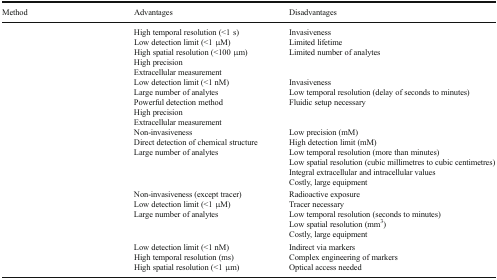
<table><thead><tr><td><b>Method</b></td><td><b>Advantages</b></td><td><b>Disadvantages</b></td></tr></thead><tbody><tr><td>[EMPTY_CELL]</td><td>High temporal resolution (&lt;1 s)Low detection limit (&lt;1 μM)High spatial resolution (&lt;100 μm)High precisionExtracellular measurement</td><td>InvasivenessLimited lifetimeLimited number of analytes</td></tr><tr><td>[EMPTY_CELL]</td><td>Low detection limit (&lt;1 nM)Large number of analytesPowerful detection methodHigh precisionExtracellular measurement</td><td>InvasivenessLow temporal resolution (delay of seconds to minutes)Fluidic setup necessary</td></tr><tr><td>[EMPTY_CELL]</td><td>Non-invasivenessDirect detection of chemical structureLarge number of analytes</td><td>Low precision (mM)High detection limit (mM)Low temporal resolution (more than minutes)Low spatial resolution (cubic millimetres to cubic centimetres)Integral extracellular and intracellular valuesCostly, large equipment</td></tr><tr><td>[EMPTY_CELL]</td><td>Non-invasiveness (except tracer)Low detection limit (&lt;1 μM)Large number of analytes</td><td>Radioactive exposureTracer necessaryLow temporal resolution (seconds to minutes)Low spatial resolution (mm<sup>3</sup>)Costly, large equipment</td></tr><tr><td>[EMPTY_CELL]</td><td>Low detection limit (&lt;1 nM)High temporal resolution (ms)High spatial resolution (&lt;1 μm)</td><td>Indirect via markersComplex engineering of markersOptical access needed</td></tr></tbody></table>